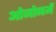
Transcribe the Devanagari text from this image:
ओजोनमें